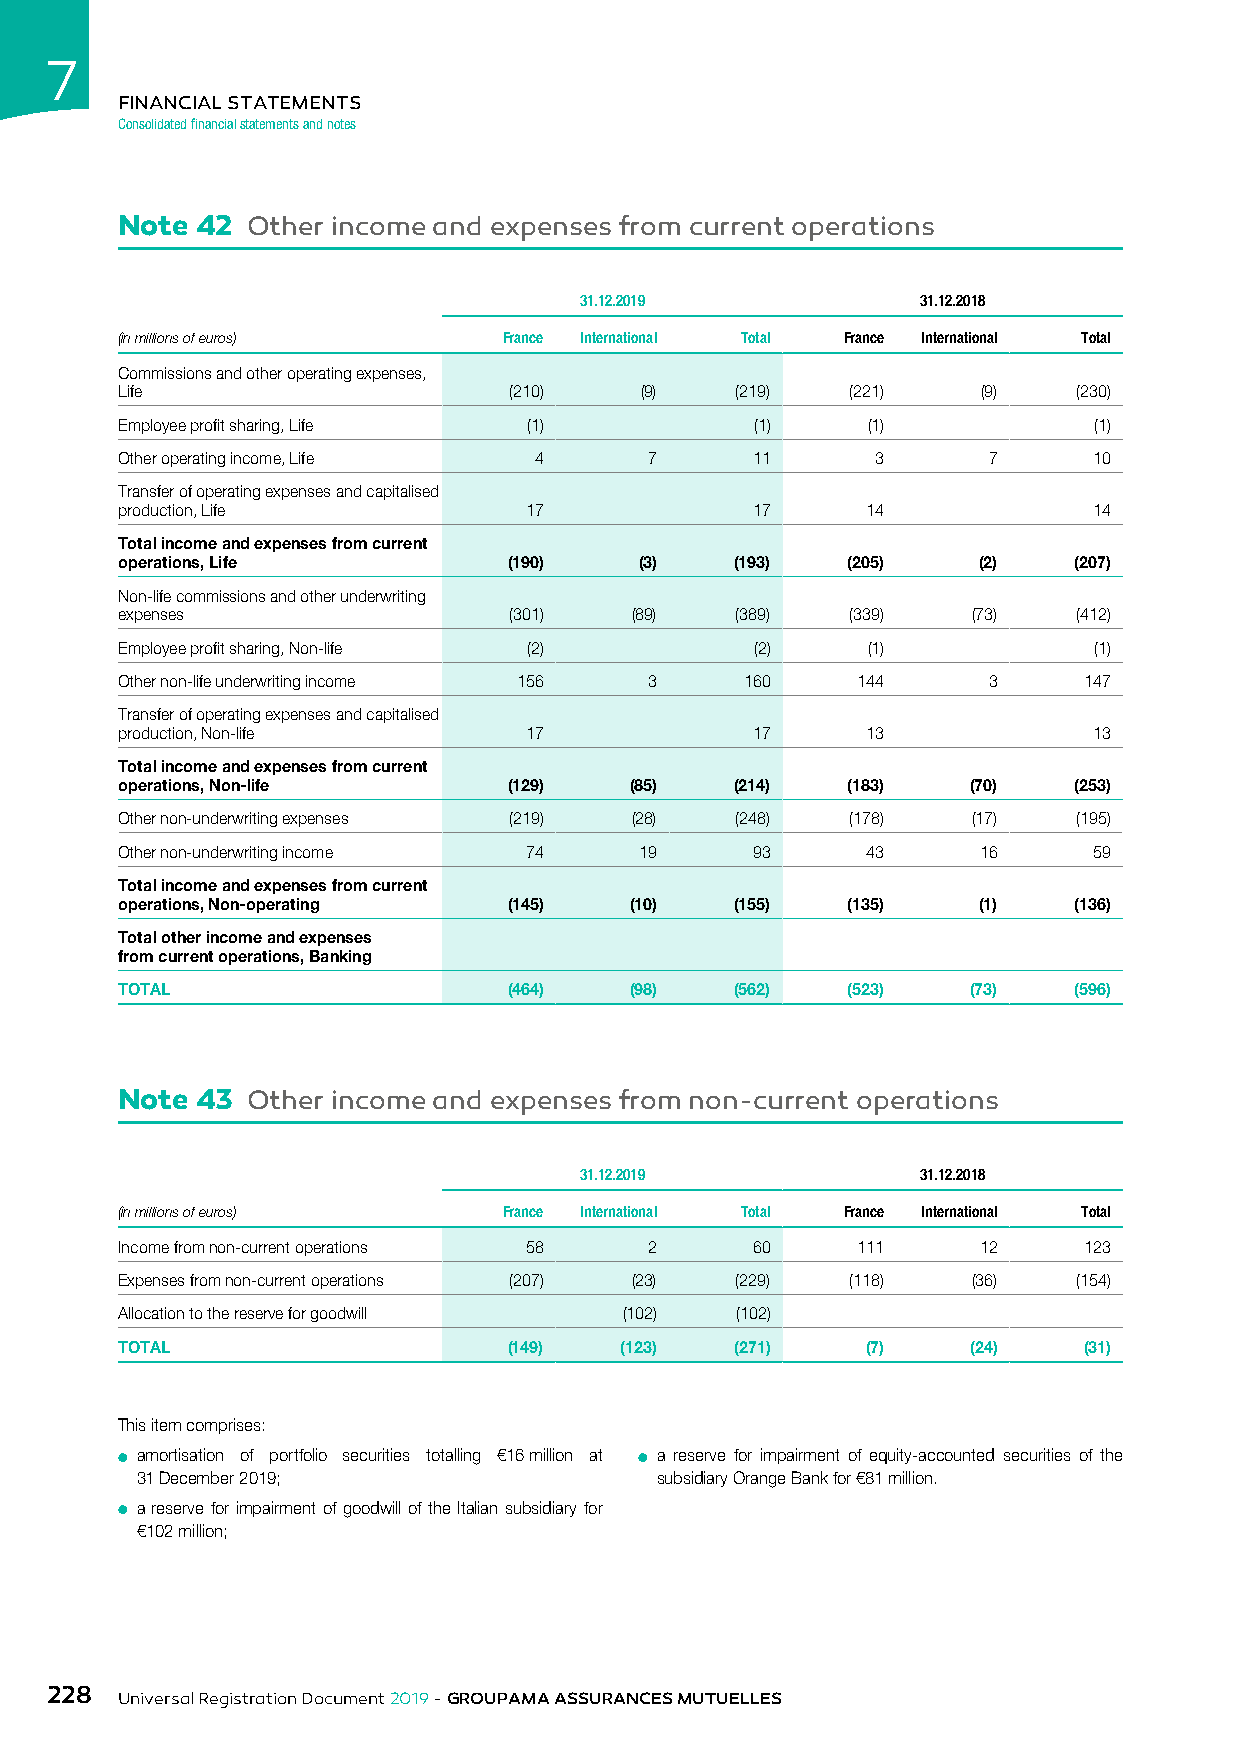
7
 FINANCIAL STATEMENTS
 Consolidated financial statements and notes
 Note 42 Other income and expenses from current operations
 31.12.2019             31.12.2018
 (in millions of euros)   France International Total France International Total
 Commissions and other operating expenses,
 Life                      (210)   (9)    (219)  (221)    (9)   (230)
 Employee profit sharing, Life (1)         (1)    (1)            (1)
 Other operating income, Life 4     7      11      3      7      10
 Transfer of operating expenses and capitalised
 production, Life           17             17     14             14
 Total income and expenses from current
 operations, Life          (190)   (3)    (193)  (205)    (2)   (207)
 Non-life commissions and other underwriting
 expenses                  (301)   (89)   (389)  (339)   (73)   (412)
 Employee profit sharing, Non-life (2)     (2)    (1)            (1)
 Other non-life underwriting income 156 3 160     144     3      147
 Transfer of operating expenses and capitalised
 production, Non-life       17             17     13             13
 Total income and expenses from current
 operations, Non-life      (129)   (85)   (214)  (183)   (70)   (253)
 Other non-underwriting expenses (219) (28) (248) (178)  (17)   (195)
 Other non-underwriting income 74  19      93     43      16     59
 Total income and expenses from current
 operations, Non-operating (145)   (10)   (155)  (135)    (1)   (136)
 Total other income and expenses
 from current operations, Banking
 TOTAL                     (464)   (98)   (562)  (523)   (73)   (596)
 Note 43 Other income and expenses from non-current operations
 31.12.2019             31.12.2018
 (in millions of euros)   France International Total France International Total
 Income from non-current operations 58 2   60     111     12     123
 Expenses from non-current operations (207) (23) (229) (118) (36) (154)
 Allocation to the reserve for goodwill (102) (102)
 TOTAL                     (149)  (123)   (271)   (7)    (24)    (31)
 This item comprises:
 ● amortisation of portfolio securities totalling €16 million at ● a reserve for impairment of equity-accounted securities of the
 31 December 2019;                 subsidiary Orange Bank for €81 million.
 ● a reserve for impairment of goodwill of the Italian subsidiary for
 €102 million;
 228
 Universal Registration Document 2019 - GROUPAMA ASSURANCES MUTUELLES